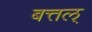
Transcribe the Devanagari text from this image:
बत्तल्